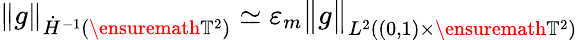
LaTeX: \| g\| _{\dot{H}^{-1}(\ensuremath{\mathbb{T}}^{2})}\simeq\varepsilon_{m}\bigl\| g\bigr\| _{L^{2}((0,1)\times\ensuremath{\mathbb{T}}^{2})}